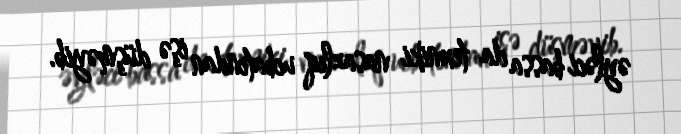
əyləci bassa da texniki nasazlıq ucbatından işə düşməyib.